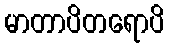
မာတာပိတရောပိ